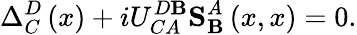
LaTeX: \Delta_{C}^{D}\left(x\right)+iU_{CA}^{D\mathbf{B}}\mathbf{{S}}_{\mathbf{B}}^{A}\left(x,x\right)=0.